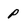
Character: P